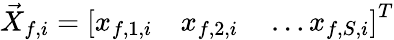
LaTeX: \vec{X}_{f,i}=\left[x_{f,1,i}\quad x_{f,2,i}\quad\ldots x_{f,S,i}\right]^{T}